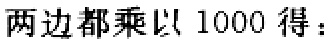
两边都乘以 1000 得：